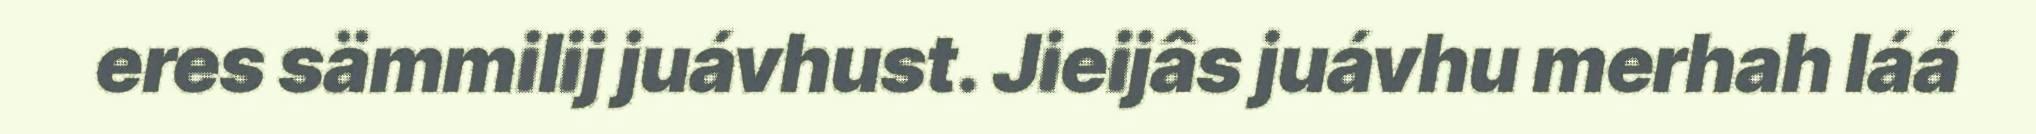
eres sämmilij juávhust. Jieijâs juávhu merhah láá